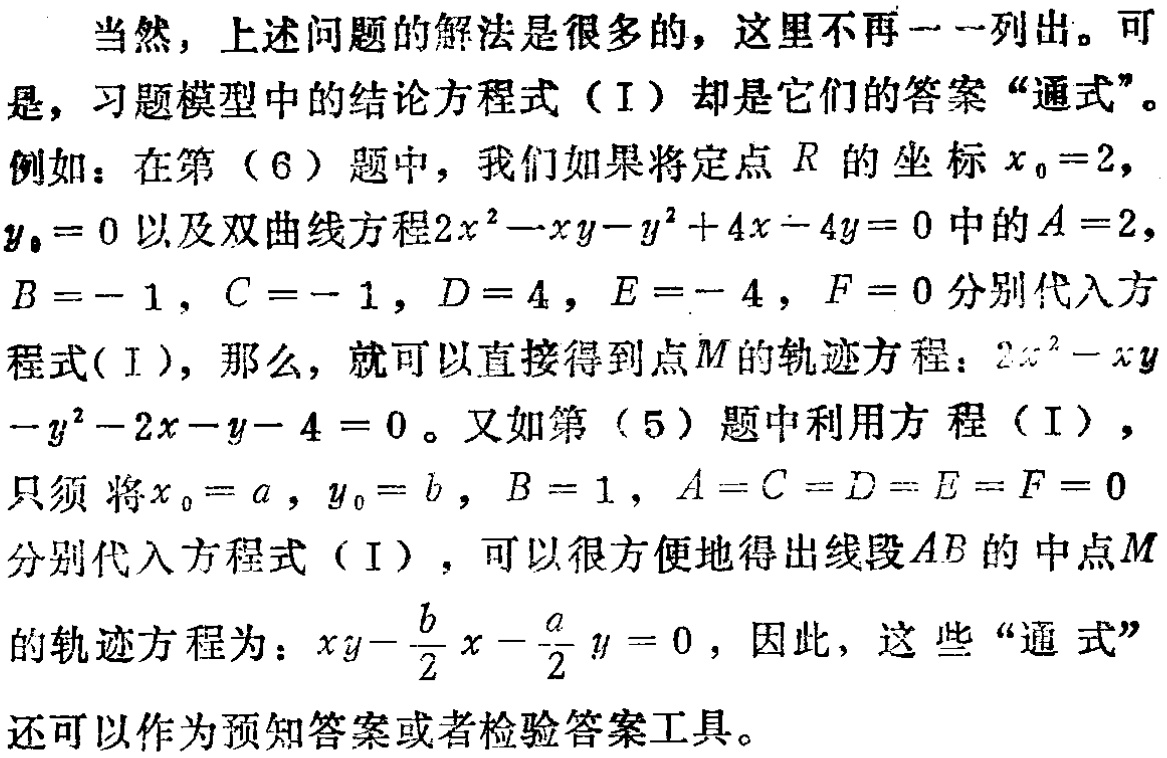
当然，上述问题的解法是很多的，这里不再一一列出。可是，习题模型中的结论方程式（I）却是它们的答案“通式”。
例如：在第（6）题中，我们如果将定点\(R\)的坐标\(x_{0}=2\)，\(y_{0}=0\)以及双曲线方程\(2x^{2}-xy - y^{2}+4x - 4y = 0\)中的\(A = 2\)，\(B=-1\)，\(C=-1\)，\(D = 4\)，\(E=-4\)，\(F = 0\)分别代入方程式(\(I\))，那么，就可以直接得到点\(M\)的轨迹方程：\(2x^{2}-xy - y^{2}-2x - y - 4 = 0\)。又如第（5）题中利用方程（I），只须将\(x_{0}=a\)，\(y_{0}=b\)，\(B = 1\)，\(A = C = D = E = F = 0\)分别代入方程式（I），可以很方便地得出线段\(AB\)的中点\(M\)的轨迹方程为：\(xy-\frac{b}{2}x-\frac{a}{2}y = 0\)，因此，这些“通式”还可以作为预知答案或者检验答案工具。